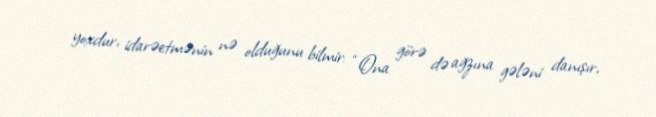
yoxdur, idarəetmənin nə olduğunu bilmir: “Ona görə də ağzına gələni danışır,